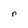
Character: n